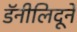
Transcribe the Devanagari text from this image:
डॅनीलिदूने